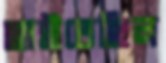
ছাইতেছিল